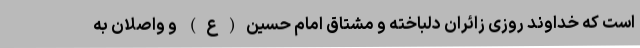
است که خداوند روزی زائران دلباخته و مشتاق امام حسین(ع) و واصلان به